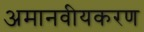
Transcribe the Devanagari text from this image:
अमानवीयकरण